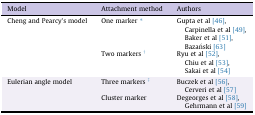
<table><thead><tr><td><b>Model</b></td><td><b>Attachment method</b></td><td><b>Authors</b></td></tr></thead><tbody><tr><td rowspan="2">Cheng and Pearcy&#x27;s model</td><td>One marker ∗</td><td>Gupta et al [46], Carpinella et al [49], Baker et al [51], Bazański [63]</td></tr><tr><td>Two markers †</td><td>Ryu et al [52], Chiu et al [53],Sakai et al [54]</td></tr><tr><td rowspan="2">Eulerian angle model</td><td>Three markers ‡</td><td>Buczek et al [56], Cerveri et al [57]</td></tr><tr><td>Cluster marker</td><td>Degeorges et al [58], Gehrmann et al [59]</td></tr></tbody></table>